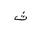
Letter: _tha